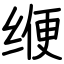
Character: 缏